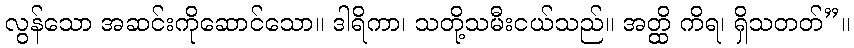
လွန်သော အဆင်းကိုဆောင်သော။ ဒါရိကာ၊ သတို့သမီးငယ်သည်။ အတ္ထိ ကိရ၊ ရှိသတတ်”။